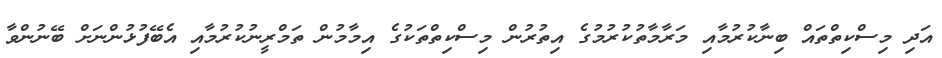
އަދި މިސްކިތްތައް ބިނާކުރުމާއި މަރާމާތުކުރުމުގެ އިތުރުން މިސްކިތްތަކުގެ އިމާމުން ތަމްރީނުކުރުމާއި އެބޭފުޅުންނަށް ބޭނުންވާ